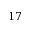
1 7